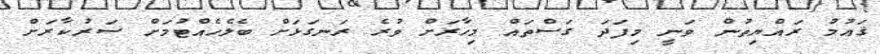
ޤައުމު ރައްޔިތުން ވަނީ މިފަދަ ގަސްތައް މިހާރަށް ވުރެ ރަނގަޅަށް ބެލެހެއްޓުމަށް ސަރުކާރަށް